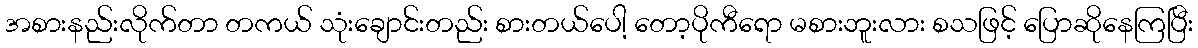
အစားနည်းလိုက်တာ တကယ် သုံးချောင်းတည်း စားတယ်ပေါ့ တော့ပိုကီရော မစားဘူးလား စသဖြင့် ပြောဆိုနေကြပြီး